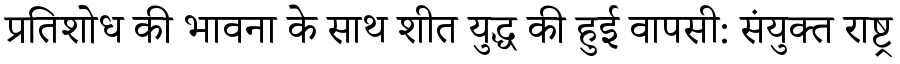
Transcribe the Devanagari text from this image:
प्रतिशोध की भावना के साथ शीत युद्ध की हुई वापसी: संयुक्त राष्ट्र